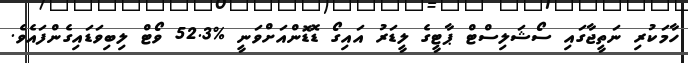
ހާމަކުރި ނަތީޖާގައި ސޯޝަލިސްޓް ޕާޓީގެ ލީޑަރު އައިގޯ ޑޮޑޮންއަށްވަނީ %52.3 ވޯޓް ލިބިވަޑައިގެންފައެވެ.